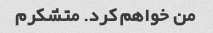
من خواهم کرد. متشکرم